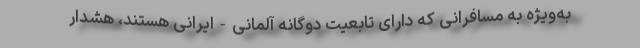
به‌ویژه به مسافرانی که دارای تابعیت دوگانه آلمانی-ایرانی هستند، هشدار